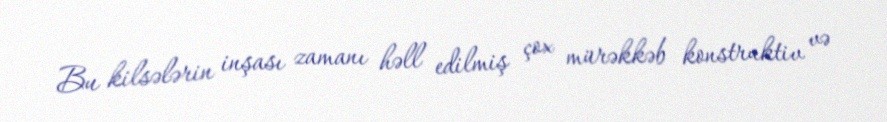
Bu kilsələrin inşası zamanı həll edilmiş çox mürəkkəb konstruktiv və